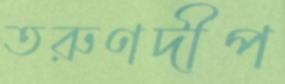
তরুণদীপ